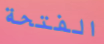
الفتحة